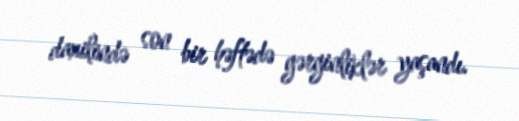
daxilində son bir həftədə gərginliklər yaşandı.